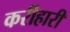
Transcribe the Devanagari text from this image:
करीहारी